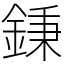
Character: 𨧺